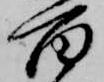
百